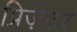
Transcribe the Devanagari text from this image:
प्रिज़ेंटर